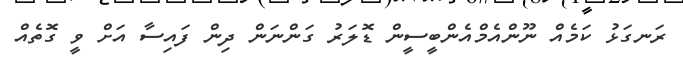
ރަނގަޅު ކަމެއް ނޫންއެމްއެންބީސީން ޑޮލަރު ގަންނަން ދިން ފައިސާ އަށް ވީ ގޮތެއް